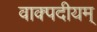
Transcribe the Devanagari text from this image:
वाक्पदीयम्‌